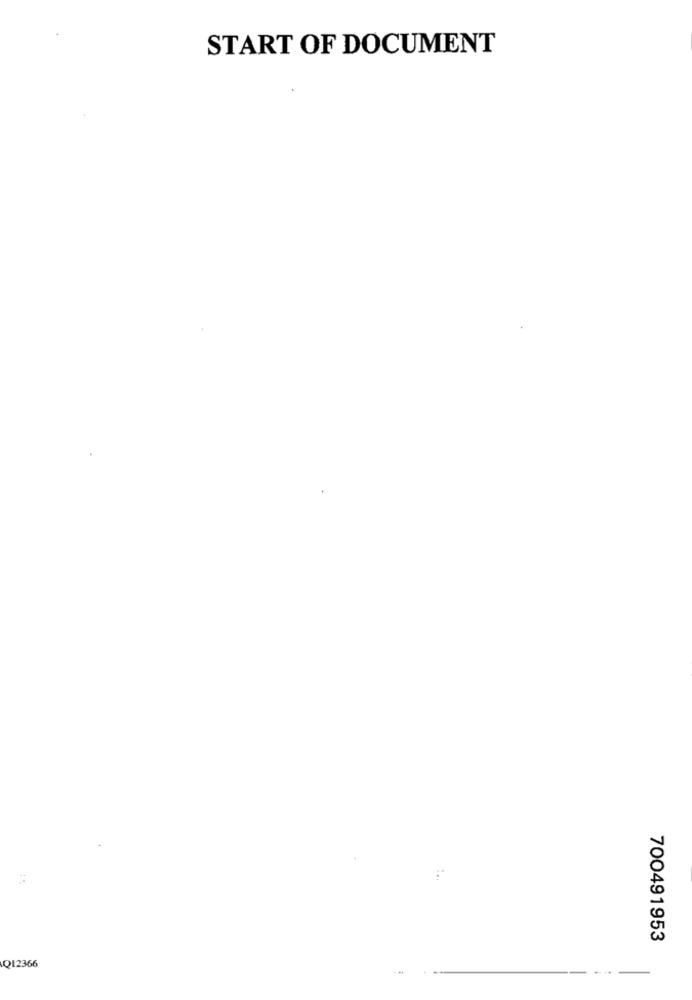
START OF DOCUMENT
700491953
Q12366